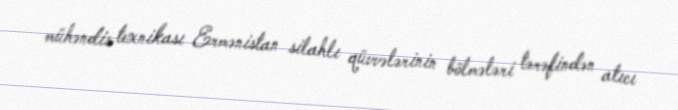
mühəndis texnikası Ermənistan silahlı qüvvələrinin bölmələri tərəfindən atıcı